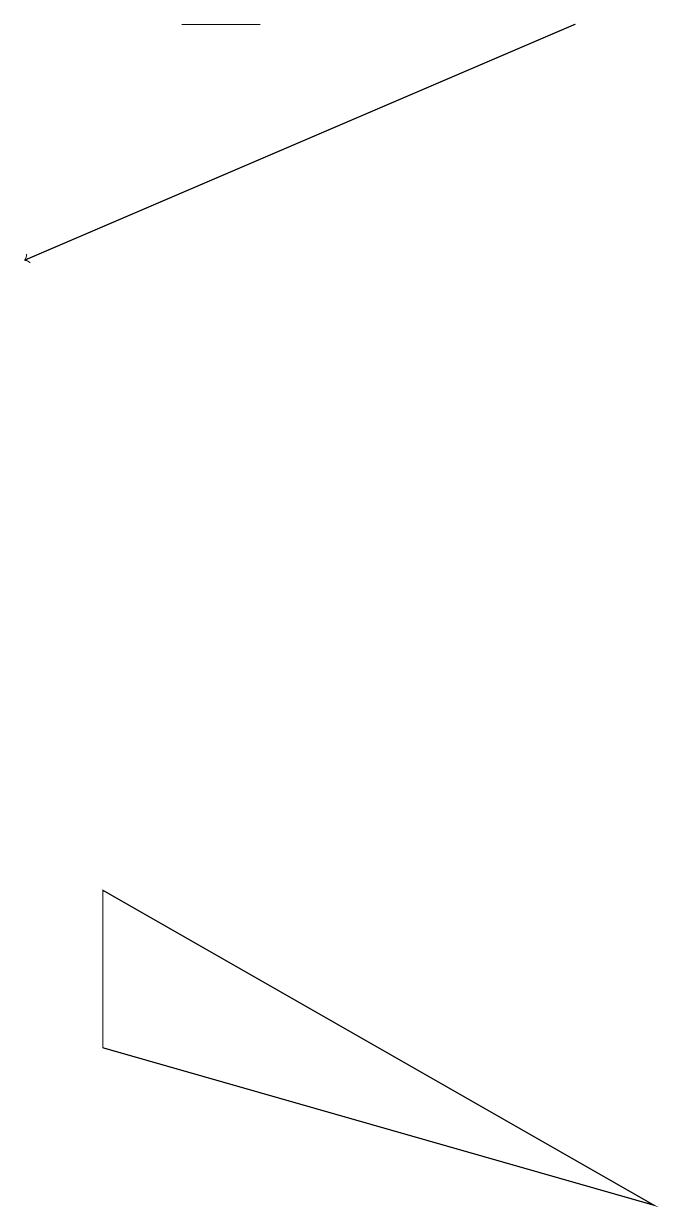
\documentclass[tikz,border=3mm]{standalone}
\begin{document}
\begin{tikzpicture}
\draw (2,19) rectangle (3,19);
\draw (8,4) -- (1,6) -- (1,8) -- cycle;
\draw[->] (7,19) -- (0,16);
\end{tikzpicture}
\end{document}